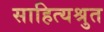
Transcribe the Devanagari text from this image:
साहित्यश्रुत